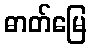
ဓာတ်မြေ